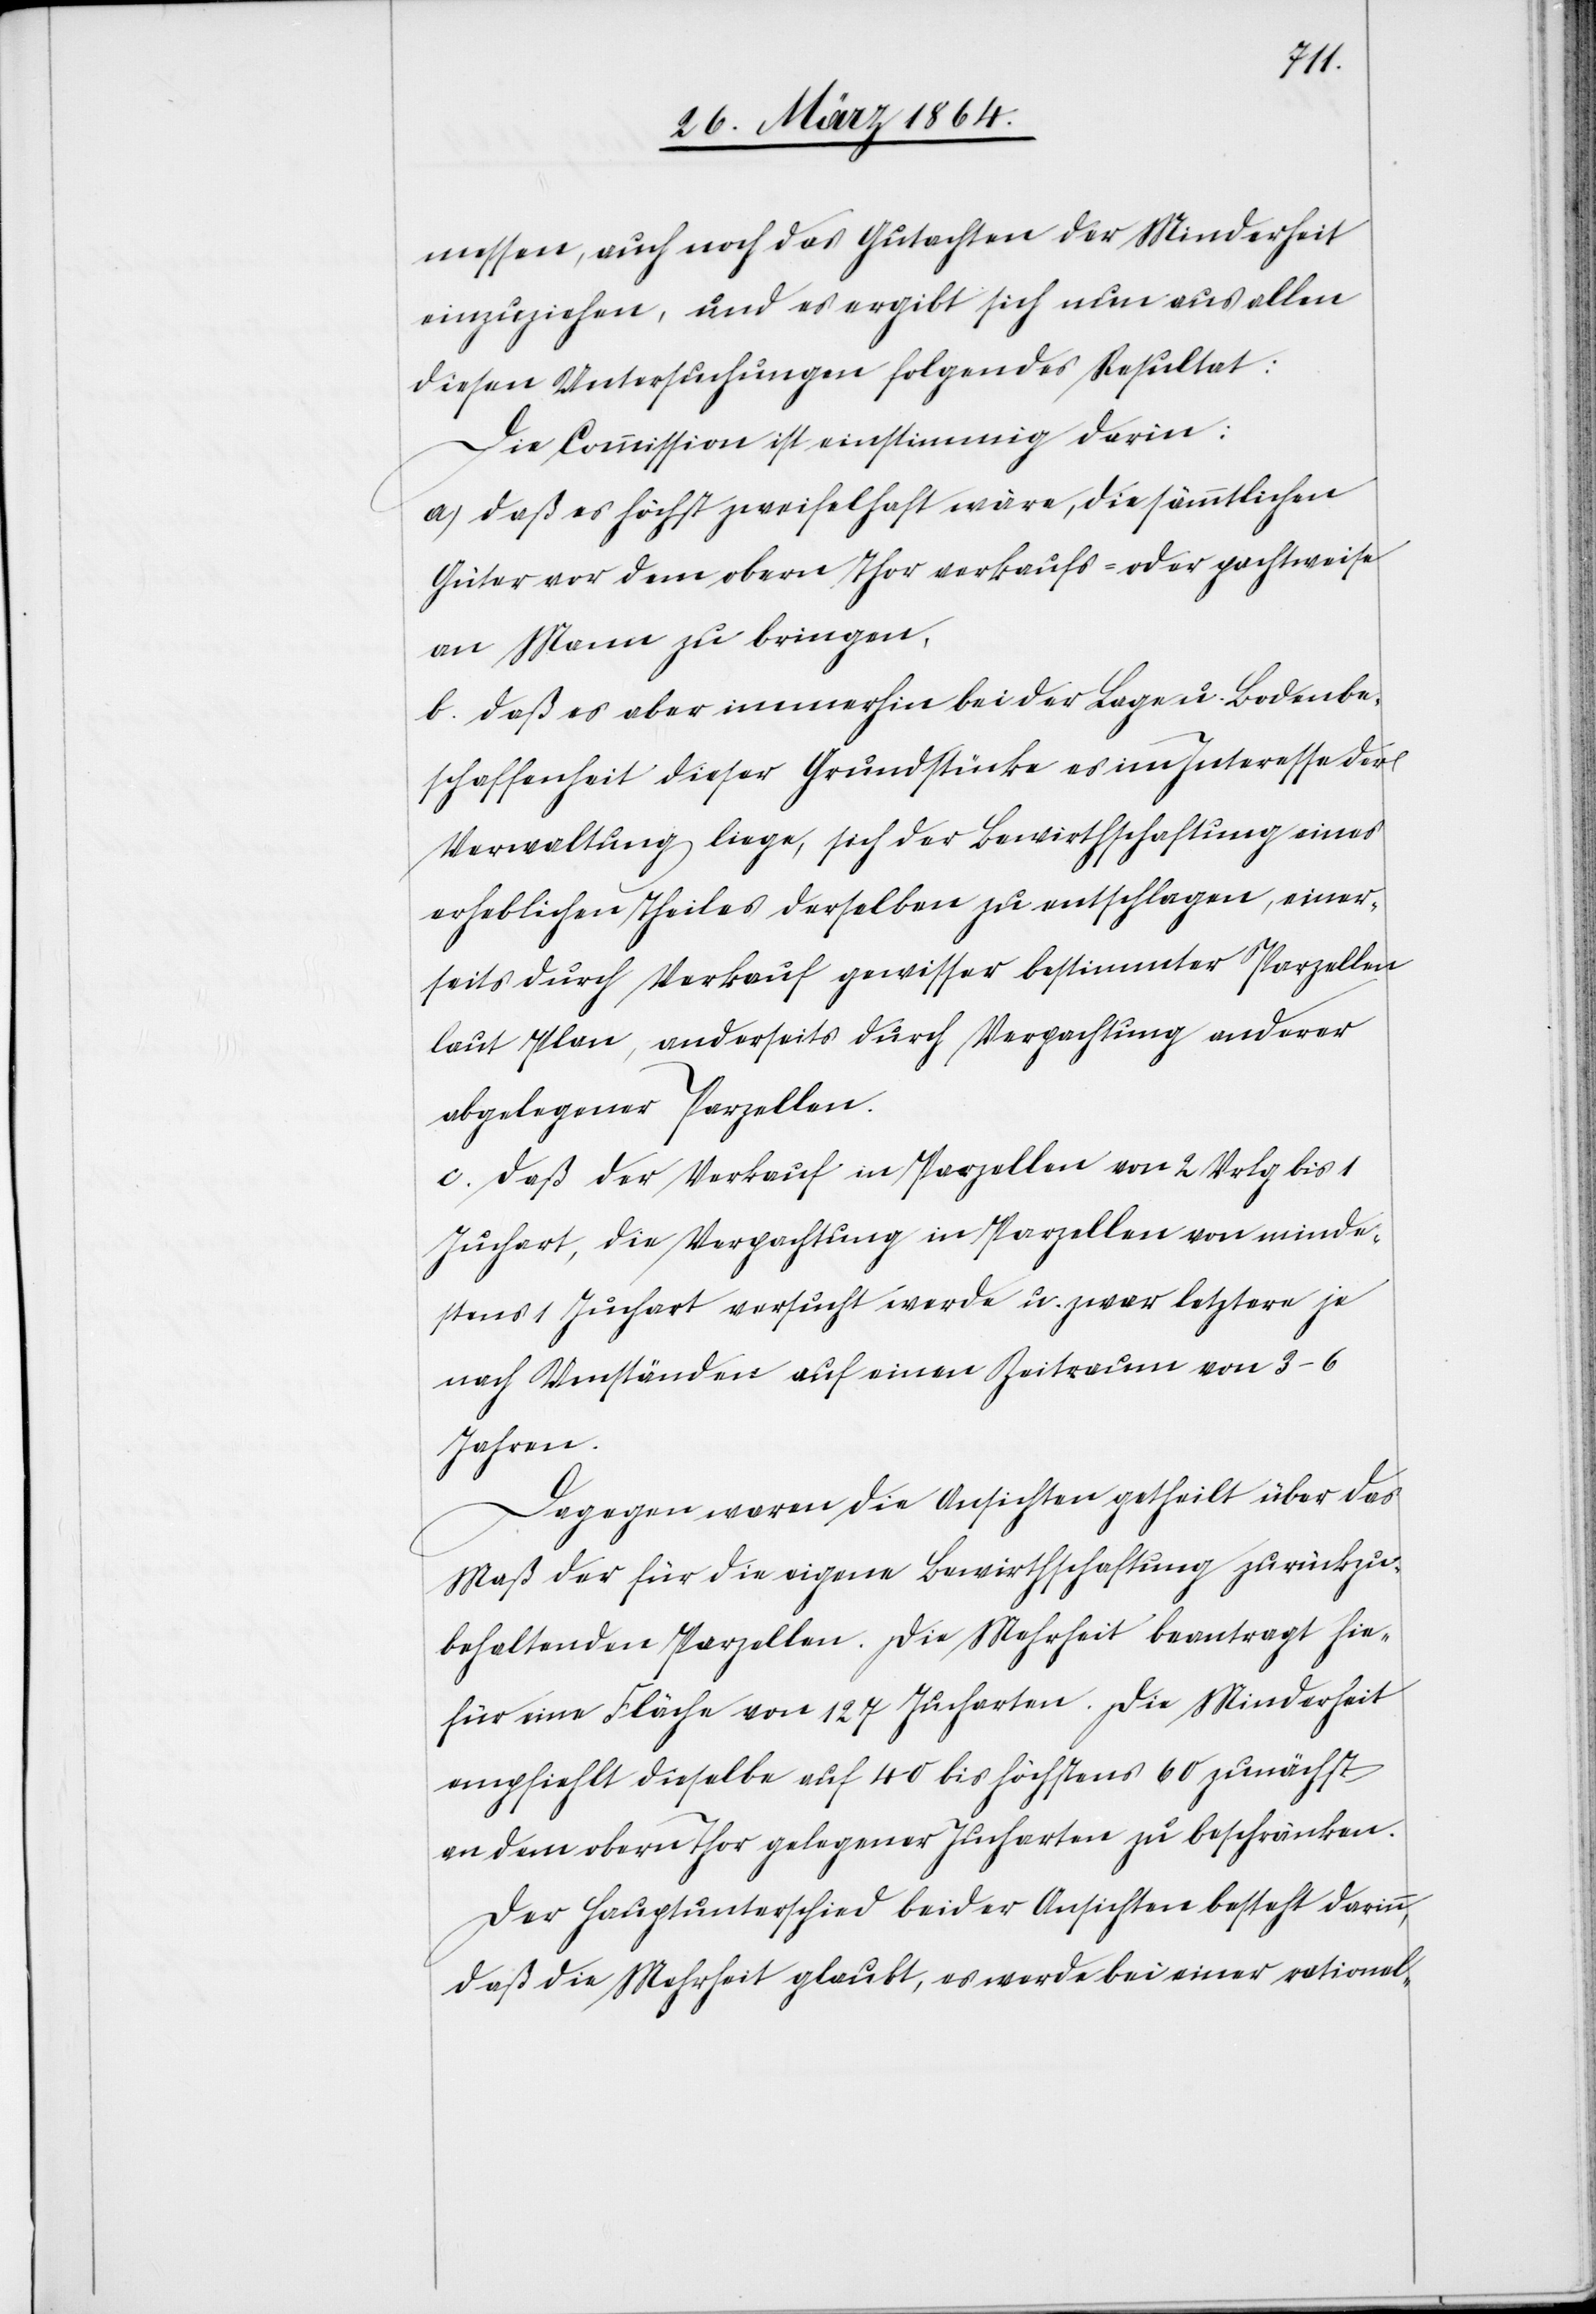
messen, auch noch das Gutachten der Minderheit
einzuziehen, und es ergibt sich nun aus allen
diesen Untersuchungen folgendes Resultat:
Die Commission ist einstimmig darin:
a) daß es höchst zweifelhaft wäre, die sämmtlichen
Güter vor dem obern Thor verkaufs- oder pachtweise
an Mann zu bringen,
b) daß es aber immerhin bei der Lage u. Bodenbe¬
schaffenheit dieser Grundstücke es [sic!] im Interesse der
Verwaltung liege, sich der Bewirthschaftung eines
erheblichen Theiles derselben zu entschlagen, einer¬
seits durch Verkauf gewisser bestimmter Parzellen
laut Plan, anderseits durch Verpachtung anderer
abgelegener Parzellen.
c) daß der Verkauf in Parzellen von 2 Velg bis 1
Juchart, die Verpachtung in Parzellen von minde¬
stens 1 Juchart versucht werde u. zwar letztere je
nach Umständen auf einen Zeitraum von 3-6
Jahren.
Dagegen waren die Ansichten getheilt über das
Maß der für die eigene Bewirthschaftung zurückzu¬
behaltenden Parzellen. Die Mehrheit beantragt hie¬
für eine Fläche von 127 Jucharten. Die Minderheit
empfiehlt dieselbe auf 40 bis höchstens 60 zunächst
an dem obern Thor gelegener Jucharten zu beschränken.
Der Hauptunterschied beider Ansichten besteht darin,
daß die Mehrheit glaubt, es werde bei einer rationel-